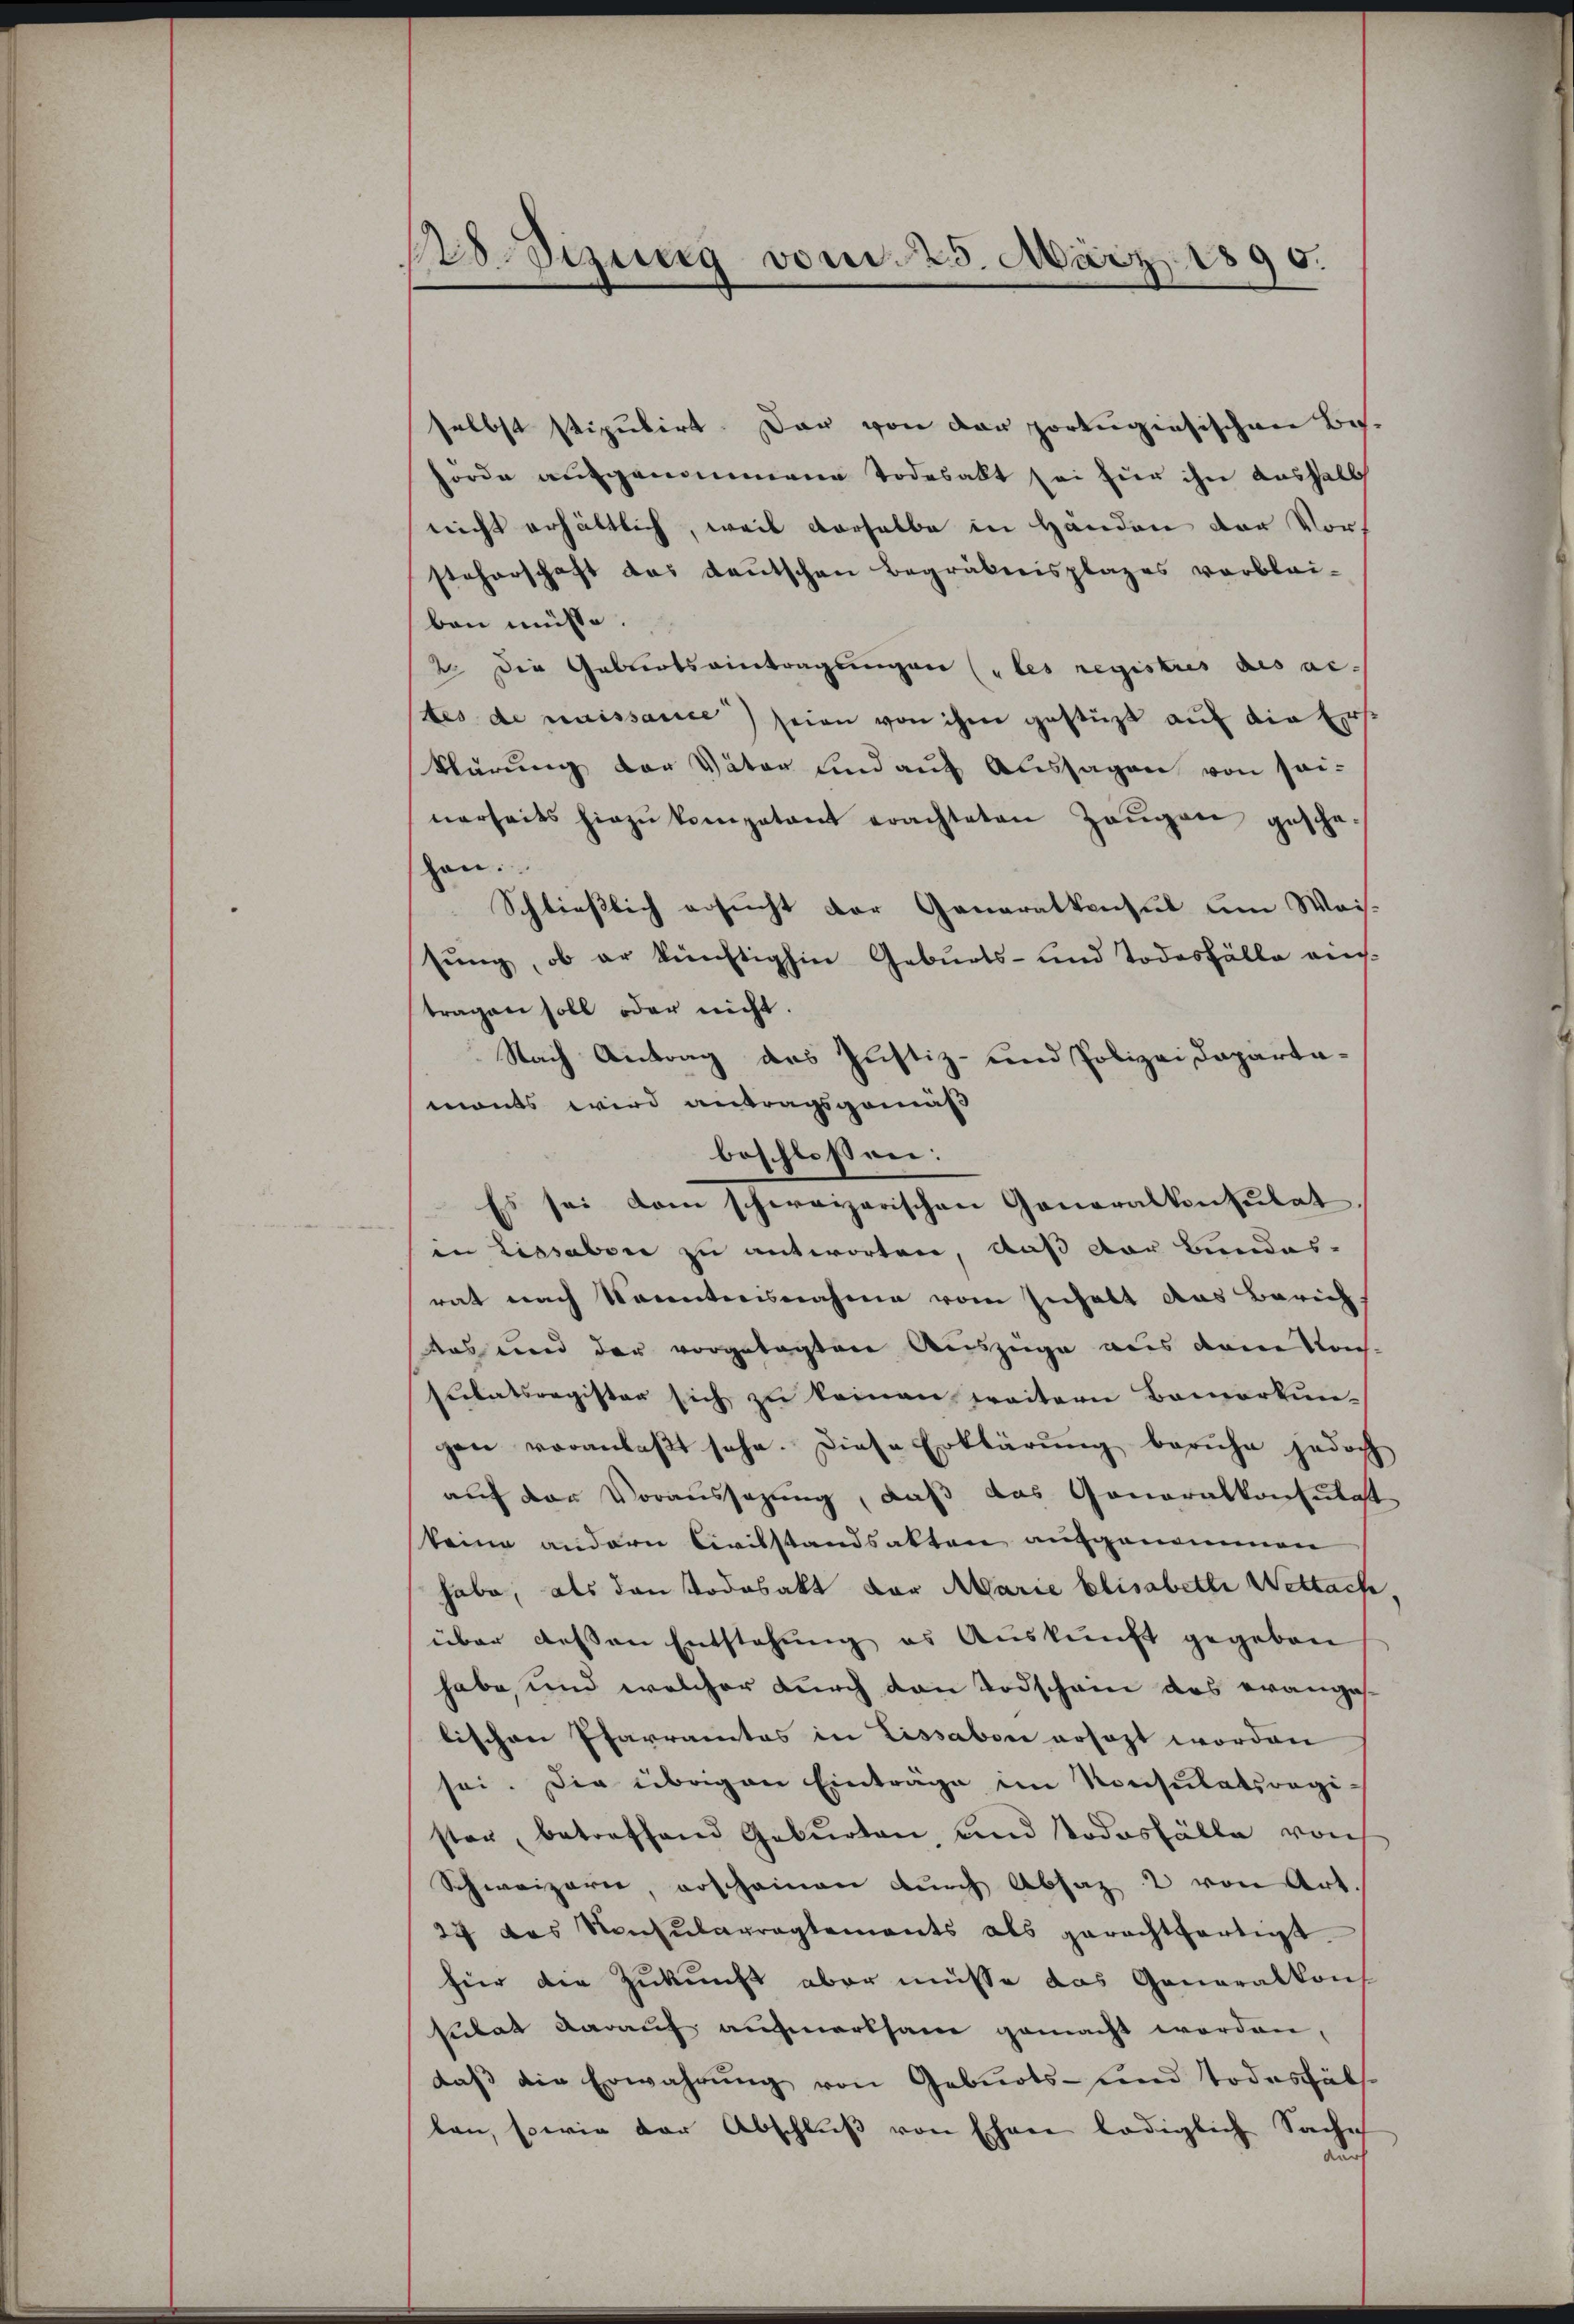
Wodizung vom 25. März 1890.

selbst stipulirt. Das von der portugisischen Beshörde aufgenommene Todesalt sei für ihn aushalb
nicht erhältlich, weil derselbe in Händen der Vors
steherschaft das deutschen Begräbensplazes verblei-
ben müsse
2 Die Geburtsantragungen (les registres des acstes de naissance) seien von ihm gestüzt auf die Ers
klärung der Väter und auf Aussagen von sei-
nerheits hiezu kompetent erachteten Zeŭgen gesche
hen.
Schließlich ersucht der Generalkonsul um Waisung, ob er künftighin Geburts- und Todesfälle auch
tragen soll oder nicht.
Nach Antrag des Justiz- und Polizei Dapartamonts wird antragsgemäß
beschlossen:
Es sei dem schweizerischen Generalkonsulat
in Lissaben zu antworten, daß der Bundes-
rat nach Sonnterisnahme vom Inhalt das Zürich.
das und der vorgelegten Auszüge aus dem Kons-
sulatsregister sich zu keinen weitern Bemerkun-
gen veranlaβt sehe. Diese Erklärung beruhe jedoch
auf der Voraussagung, daß das Generalkonsulat
keine andern Civilstandsakten aufgenommen
habe, als den Todosakt der Marie Elisabette Wettache
über deßen Entstehung es Auskunft gegeben
habe, und welcher durch den Todscheine das evanges
lischen Pfarramtes in Lissabon ersagt worden
sei. Die übrigen Einträge im Konsulatsregi-
sten, betreffend Gebŭrten, und Todesfälle von
Schweizerie, erscheinen durch Absaz 2 von Art
27 das Konsularreglements als gerechtfertigt.
für die Zukunft aber müsse das Generalkons
sutat darauf aufmerksam gemacht worden,
daß die Erwahrung von Geburts- und Todesfäls
len, sowie der Abschluß von Ehen lediglich Sache
durch